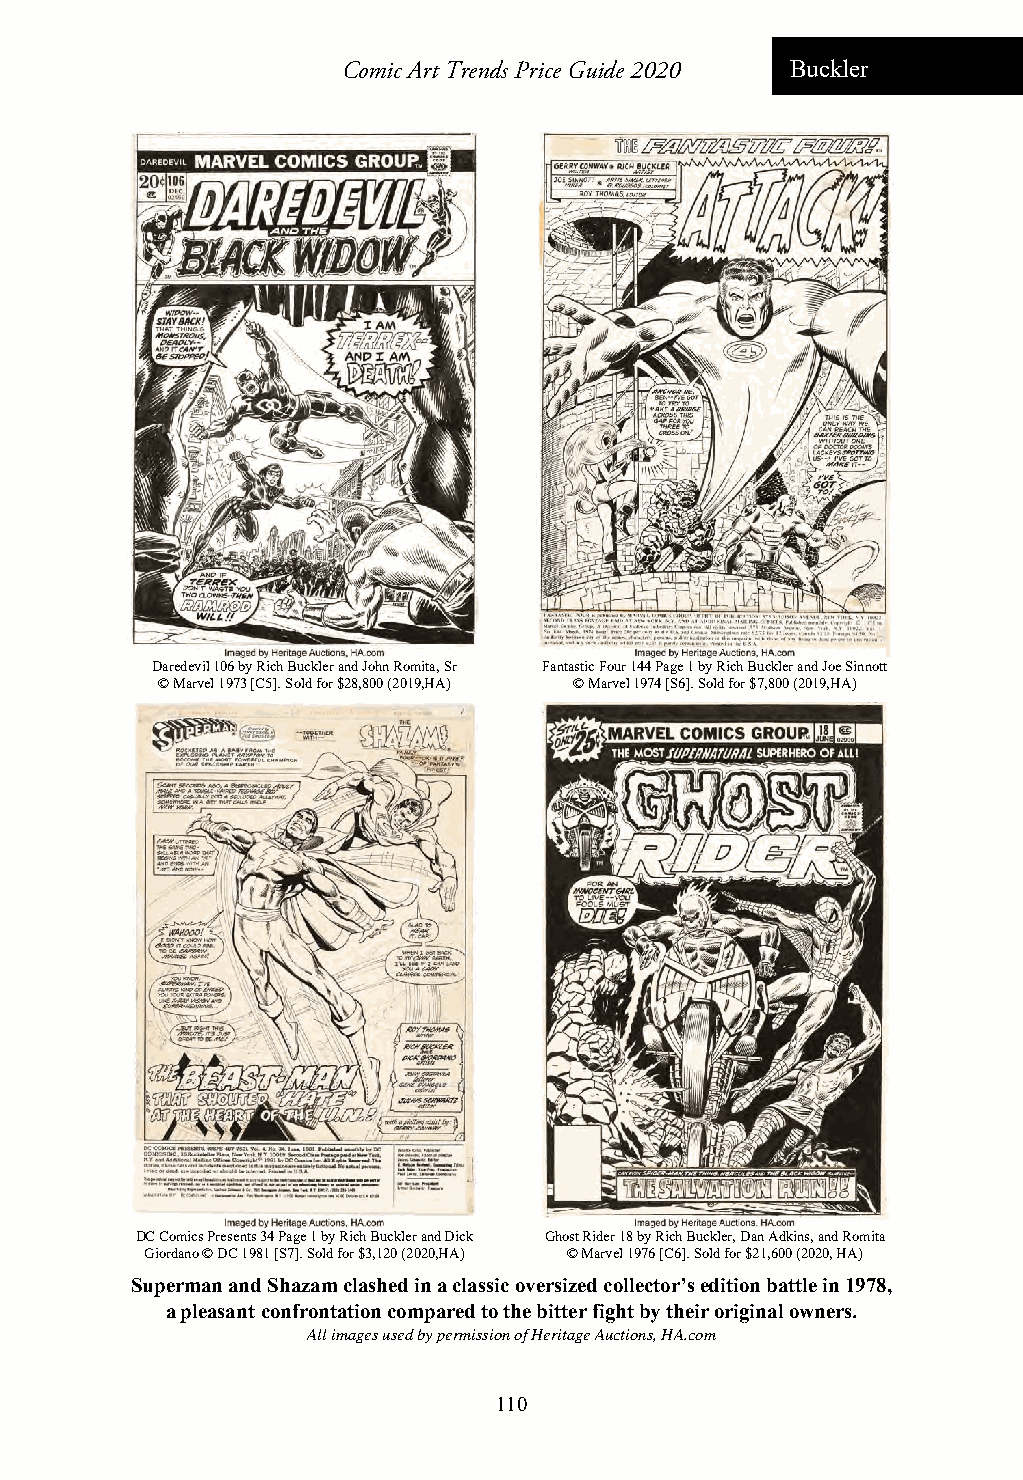
Comic Art Trends Price Guide 2020 Buckler
 Daredevil 106 by Rich Buckler and John Romita, Sr Fantastic Four 144 Page 1 by Rich Buckler and Joe Sinnott
 © Marvel 1973 [C5]. Sold for $28,800 (2019,HA) © Marvel 1974 [S6]. Sold for $7,800 (2019,HA)
 DC Comics Presents 34 Page 1 by Rich Buckler and Dick Ghost Rider 18 by Rich Buckler, Dan Adkins, and Romita
 Giordano © DC 1981 [S7]. Sold for $3,120 (2020,HA) © Marvel 1976 [C6]. Sold for $21,600 (2020, HA)
 Superman and Shazam clashed in a classic oversized collector’s edition battle in 1978,
 a pleasant confrontation compared to the bitter fight by their original owners.
 All images used by permission of Heritage Auctions, HA.com
 110